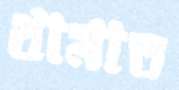
থামাত